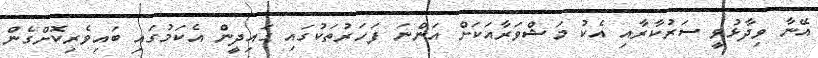
އޭނާ ވިދާޅުވީ ސަރުކާރާއި އެކު މަޝްވަރާއަކަށް އަންނަ ފަހަރުތަކުގައި ގައިދީން އެކަމުގައި ބައިވެރިކޮށްގެން